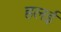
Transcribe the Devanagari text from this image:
हलई